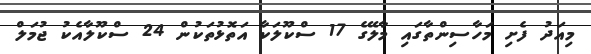
މިއަދު ފެށި މަހާސިންތާގައި މާލޭގެ 17 ސްކޫލަކާ އަތޮޅުތަކުން 24 ސްކޫލާއެކު ޖުމަލް